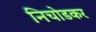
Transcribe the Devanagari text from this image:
निचोडकर